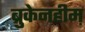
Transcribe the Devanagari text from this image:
ब्रुकेनहीम़